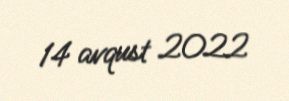
14 avqust 2022